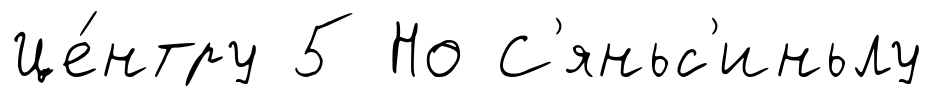
Це́нтру 5 Но С'яньс'иньлу